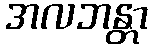
အလဘန္တာ